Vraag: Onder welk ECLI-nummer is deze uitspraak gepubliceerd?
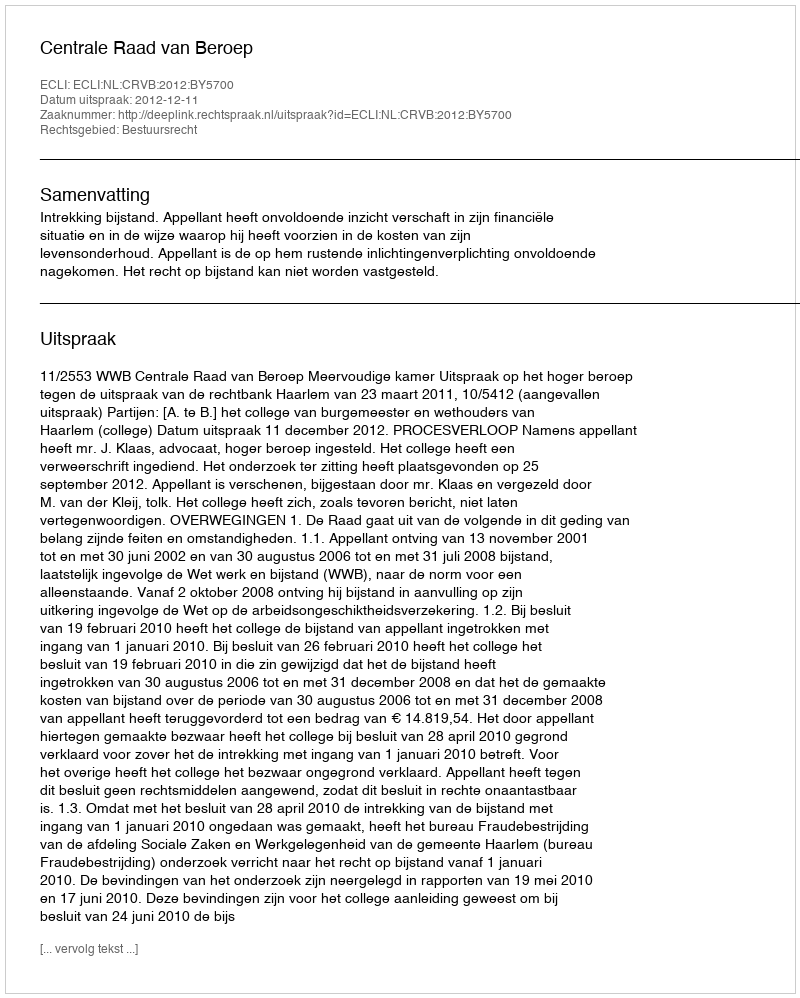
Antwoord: ECLI:NL:CRVB:2012:BY5700